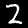
Label: 2